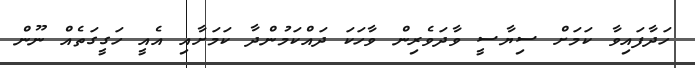
ހަދާފައިވާ ކަމަށް ސިޔާސީ ވާދަވެރިން ވާހަކަ ދައްކަމުންދާ ކަމަށާއި އެއީ ހަގީގަތެއް ނޫން